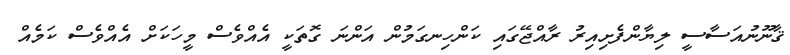
ޤާނޫނުއަސާސީ ލިޔާންފެށިއިރު ރާއްޖޭގައި ކަންހިނގަމުން އަންނަ ގޮތަކީ އެއްވެސް މީހަކަށް އެއްވެސް ކަމެއް